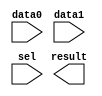
// megafunction wizard: %LPM_MUX%VBB%
// GENERATION: STANDARD
// VERSION: WM1.0
// MODULE: LPM_MUX 

// ============================================================
// Megafunction Name(s):
// 			LPM_MUX
//
// Simulation Library Files(s):
// 			lpm
// ============================================================
// ************************************************************
// THIS IS A WIZARD-GENERATED FILE. DO NOT EDIT THIS FILE!
//
// 18.1.0 Build 625 09/12/2018 SJ Lite Edition
// ************************************************************

//Copyright (C) 2018  Intel Corporation. All rights reserved.
//Your use of Intel Corporation's design tools, logic functions 
//and other software and tools, and its AMPP partner logic 
//functions, and any output files from any of the foregoing 
//(including device programming or simulation files), and any 
//associated documentation or information are expressly subject 
//to the terms and conditions of the Intel Program License 
//Subscription Agreement, the Intel Quartus Prime License Agreement,
//the Intel FPGA IP License Agreement, or other applicable license
//agreement, including, without limitation, that your use is for
//the sole purpose of programming logic devices manufactured by
//Intel and sold by Intel or its authorized distributors.  Please
//refer to the applicable agreement for further details.

module MyMux (
	data0,
	data1,
	sel,
	result);

	input	  data0;
	input	  data1;
	input	  sel;
	output	  result;

endmodule

// ============================================================
// CNX file retrieval info
// ============================================================
// Retrieval info: PRIVATE: INTENDED_DEVICE_FAMILY STRING "Cyclone IV E"
// Retrieval info: PRIVATE: SYNTH_WRAPPER_GEN_POSTFIX STRING "0"
// Retrieval info: PRIVATE: new_diagram STRING "1"
// Retrieval info: LIBRARY: lpm lpm.lpm_components.all
// Retrieval info: CONSTANT: LPM_SIZE NUMERIC "2"
// Retrieval info: CONSTANT: LPM_TYPE STRING "LPM_MUX"
// Retrieval info: CONSTANT: LPM_WIDTH NUMERIC "1"
// Retrieval info: CONSTANT: LPM_WIDTHS NUMERIC "1"
// Retrieval info: USED_PORT: data0 0 0 0 0 INPUT NODEFVAL "data0"
// Retrieval info: USED_PORT: data1 0 0 0 0 INPUT NODEFVAL "data1"
// Retrieval info: USED_PORT: result 0 0 0 0 OUTPUT NODEFVAL "result"
// Retrieval info: USED_PORT: sel 0 0 0 0 INPUT NODEFVAL "sel"
// Retrieval info: CONNECT: @data 0 0 1 0 data0 0 0 0 0
// Retrieval info: CONNECT: @data 0 0 1 1 data1 0 0 0 0
// Retrieval info: CONNECT: @sel 0 0 1 0 sel 0 0 0 0
// Retrieval info: CONNECT: result 0 0 0 0 @result 0 0 1 0
// Retrieval info: GEN_FILE: TYPE_NORMAL MyMux.v TRUE
// Retrieval info: GEN_FILE: TYPE_NORMAL MyMux.inc FALSE
// Retrieval info: GEN_FILE: TYPE_NORMAL MyMux.cmp TRUE
// Retrieval info: GEN_FILE: TYPE_NORMAL MyMux.bsf FALSE
// Retrieval info: GEN_FILE: TYPE_NORMAL MyMux_inst.v TRUE
// Retrieval info: GEN_FILE: TYPE_NORMAL MyMux_bb.v TRUE
// Retrieval info: LIB_FILE: lpm